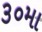
૩૦મા